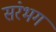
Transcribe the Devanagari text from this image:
संरभग